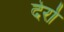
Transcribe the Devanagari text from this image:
देर्रा